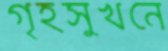
গৃহসুখনে